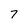
Character: 7